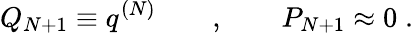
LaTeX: Q_{N+1}\equiv q^{(N)}\qquad,\qquad P_{N+1}\approx 0\; .